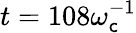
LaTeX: t=108\omega_{\mathsf{c}}^{-1}